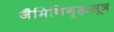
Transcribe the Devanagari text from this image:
जैमिनिगृह्यसूत्र